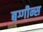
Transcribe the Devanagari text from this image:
बग्गीन्स